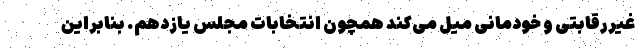
غیررقابتی و خودمانی میل می‌کند همچون انتخابات مجلس یازدهم. بنابراین